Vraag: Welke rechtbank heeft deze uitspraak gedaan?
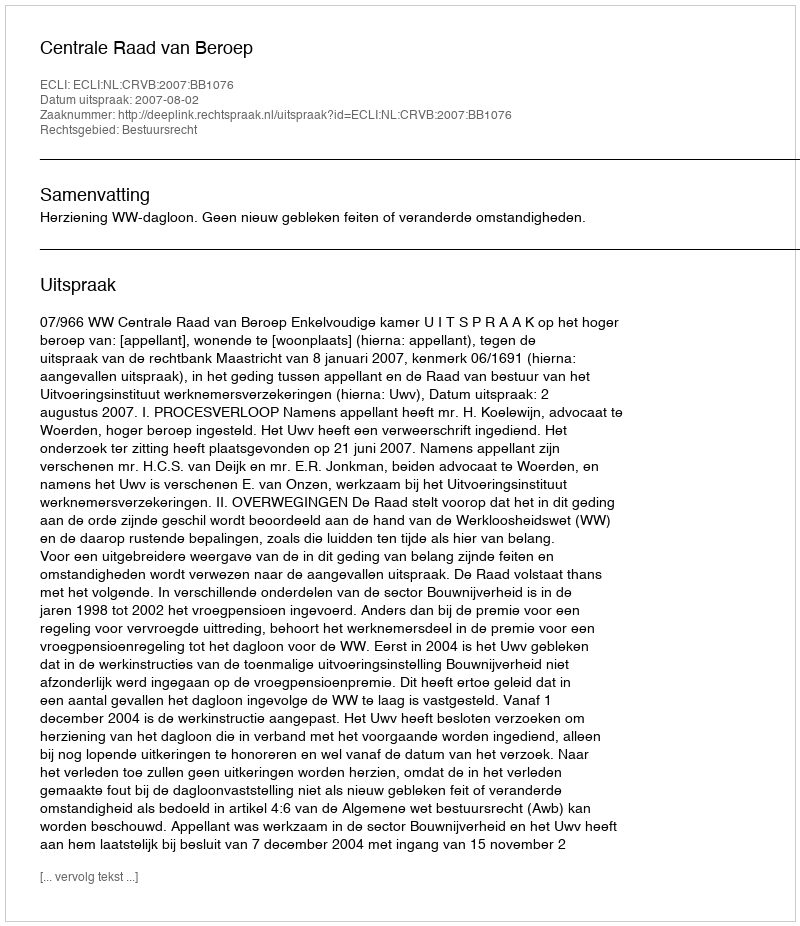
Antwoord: Centrale Raad van Beroep